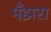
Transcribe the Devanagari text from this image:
मँझरा